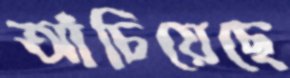
আঁচিয়েছে